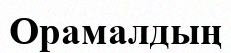
Орамалдың